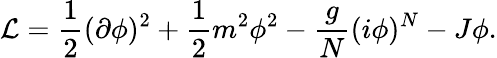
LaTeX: {\cal L}={\frac{1}{2}}(\partial\phi)^{2}+{\frac{1}{2}}m^{2}\phi^{2}-{\frac{g}{N}}(i\phi)^{N}-J\phi.